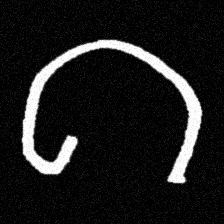
Pyu character \u2014 Myanmar letter: ဂ (romanized: ga)